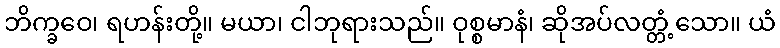
ဘိက္ခဝေ၊ ရဟန်းတို့။ မယာ၊ ငါဘုရားသည်။ ဝုစ္စမာနံ၊ ဆိုအပ်လတ္တံ့သော။ ယံ